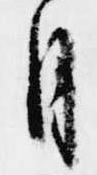
月